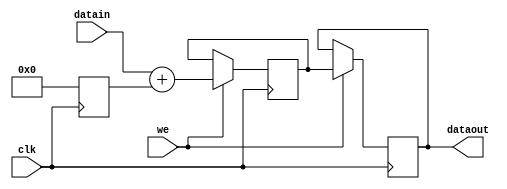
`define SIMULATION_MEMORY

 module spram (we, dataout, datain, clk);

    input we; 
    output[13 - 1:0] dataout; 
    wire[13 - 1:0] dataout;
    input[13 - 1:0] datain; 
    input clk; 
    reg[13 - 1:0] temp_reg; 

    reg[13 - 1:0] mem1; 
    reg[13 - 1:0] mem2; 

    assign dataout = mem2 ;

    always @(posedge clk)
    begin
		temp_reg <= 0;
       if (we == 1'b1)
       begin
          mem1 <= datain + temp_reg; 
          mem2 <= mem1;
       end  
    end 
 endmodule